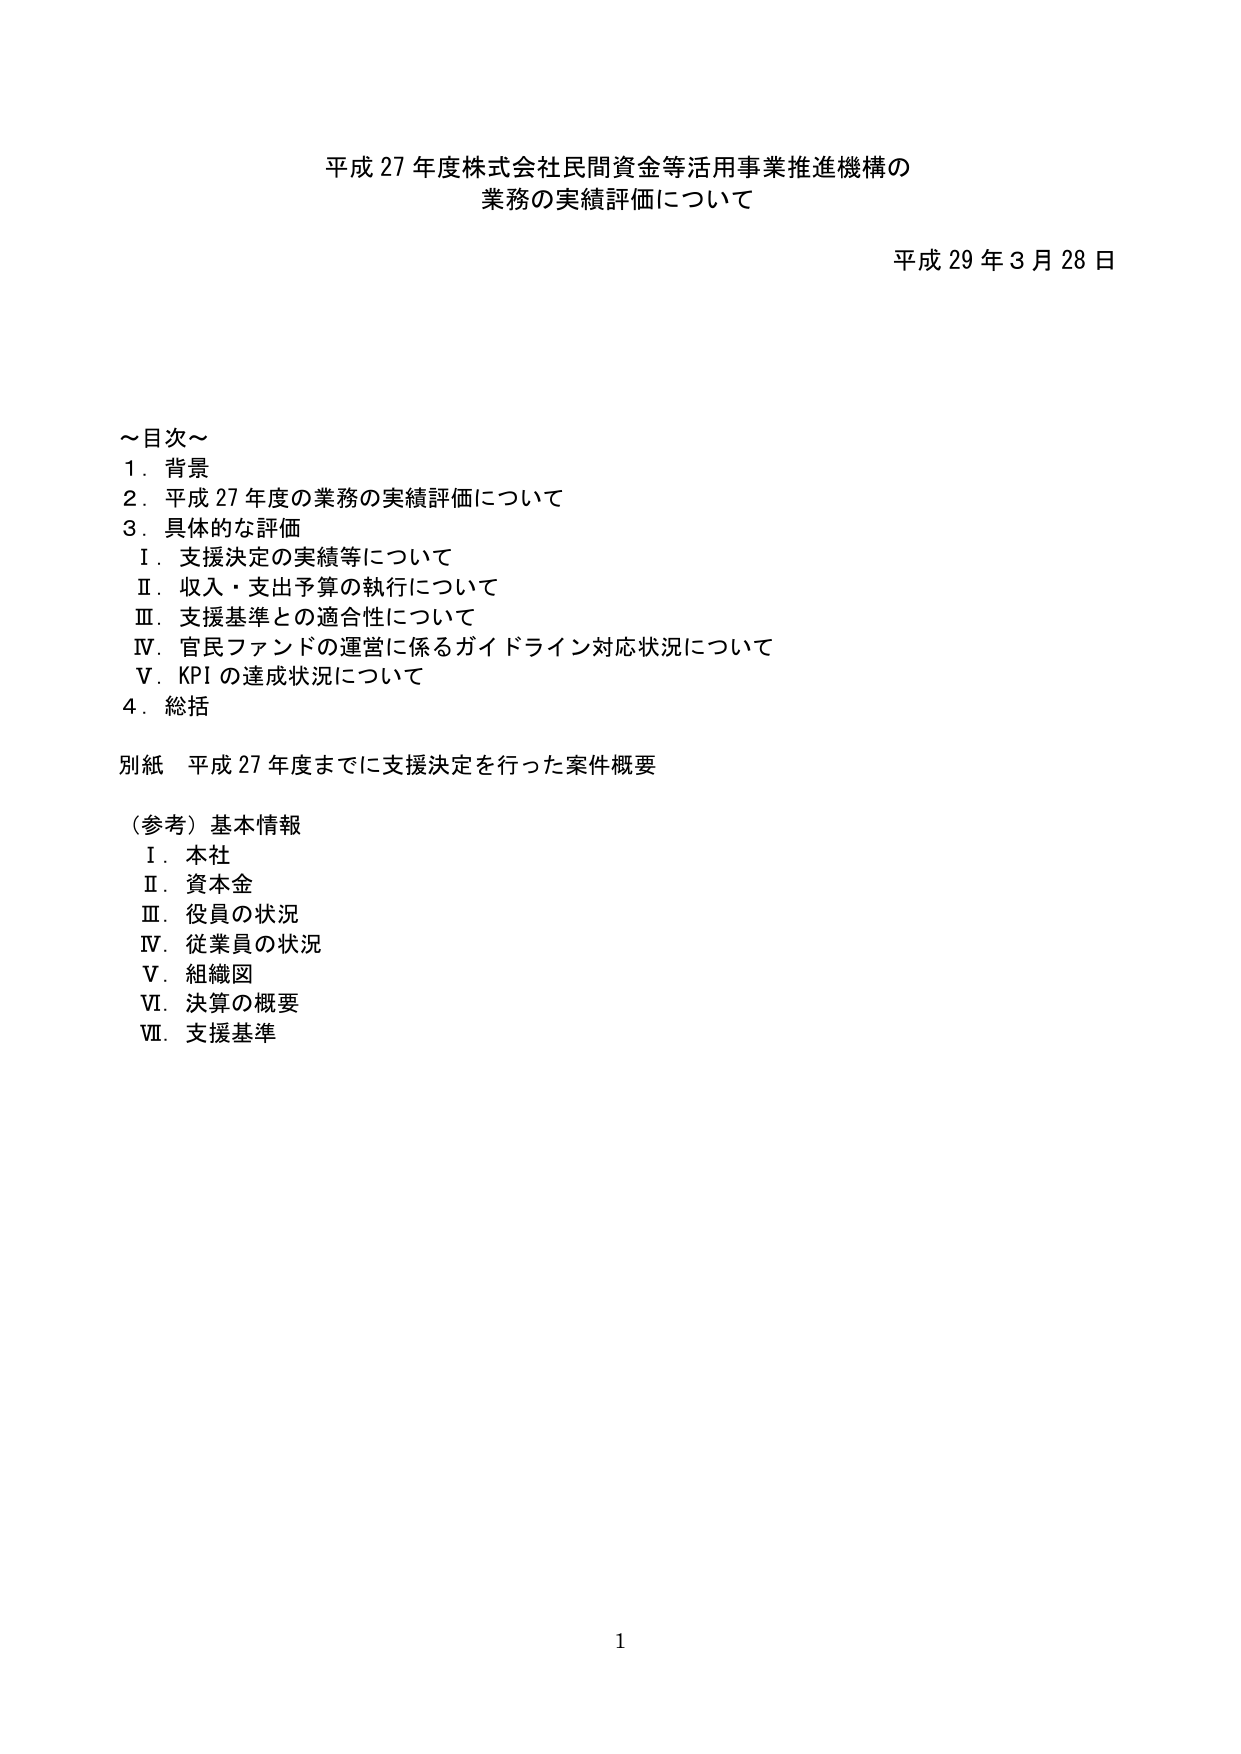
平成 27 年度株式会社民間資金等活用事業推進機構の
業務の実績評価について

平成 29 年 3 月 28 日

～目次～
1．背景
2．平成 27 年度の業務の実績評価について
3．具体的な評価
　Ⅰ．支援決定の実績等について
　Ⅱ．収入・支出予算の執行について
　Ⅲ．支援基準との適合性について
　Ⅳ．官民ファンドの運営に係るガイドライン対応状況について
　Ⅴ．KPI の達成状況について
4．総括

別紙 平成 27 年度までに支援決定を行った案件概要

（参考）基本情報
　Ⅰ．本社
　Ⅱ．資本金
　Ⅲ．役員の状況
　Ⅳ．従業員の状況
　Ⅴ．組織図
　Ⅵ．決算の概要
　Ⅶ．支援基準

1